NAE_ERA_R-1765_ENSV_Kirjanike_Liit_1945-1955, lk 14
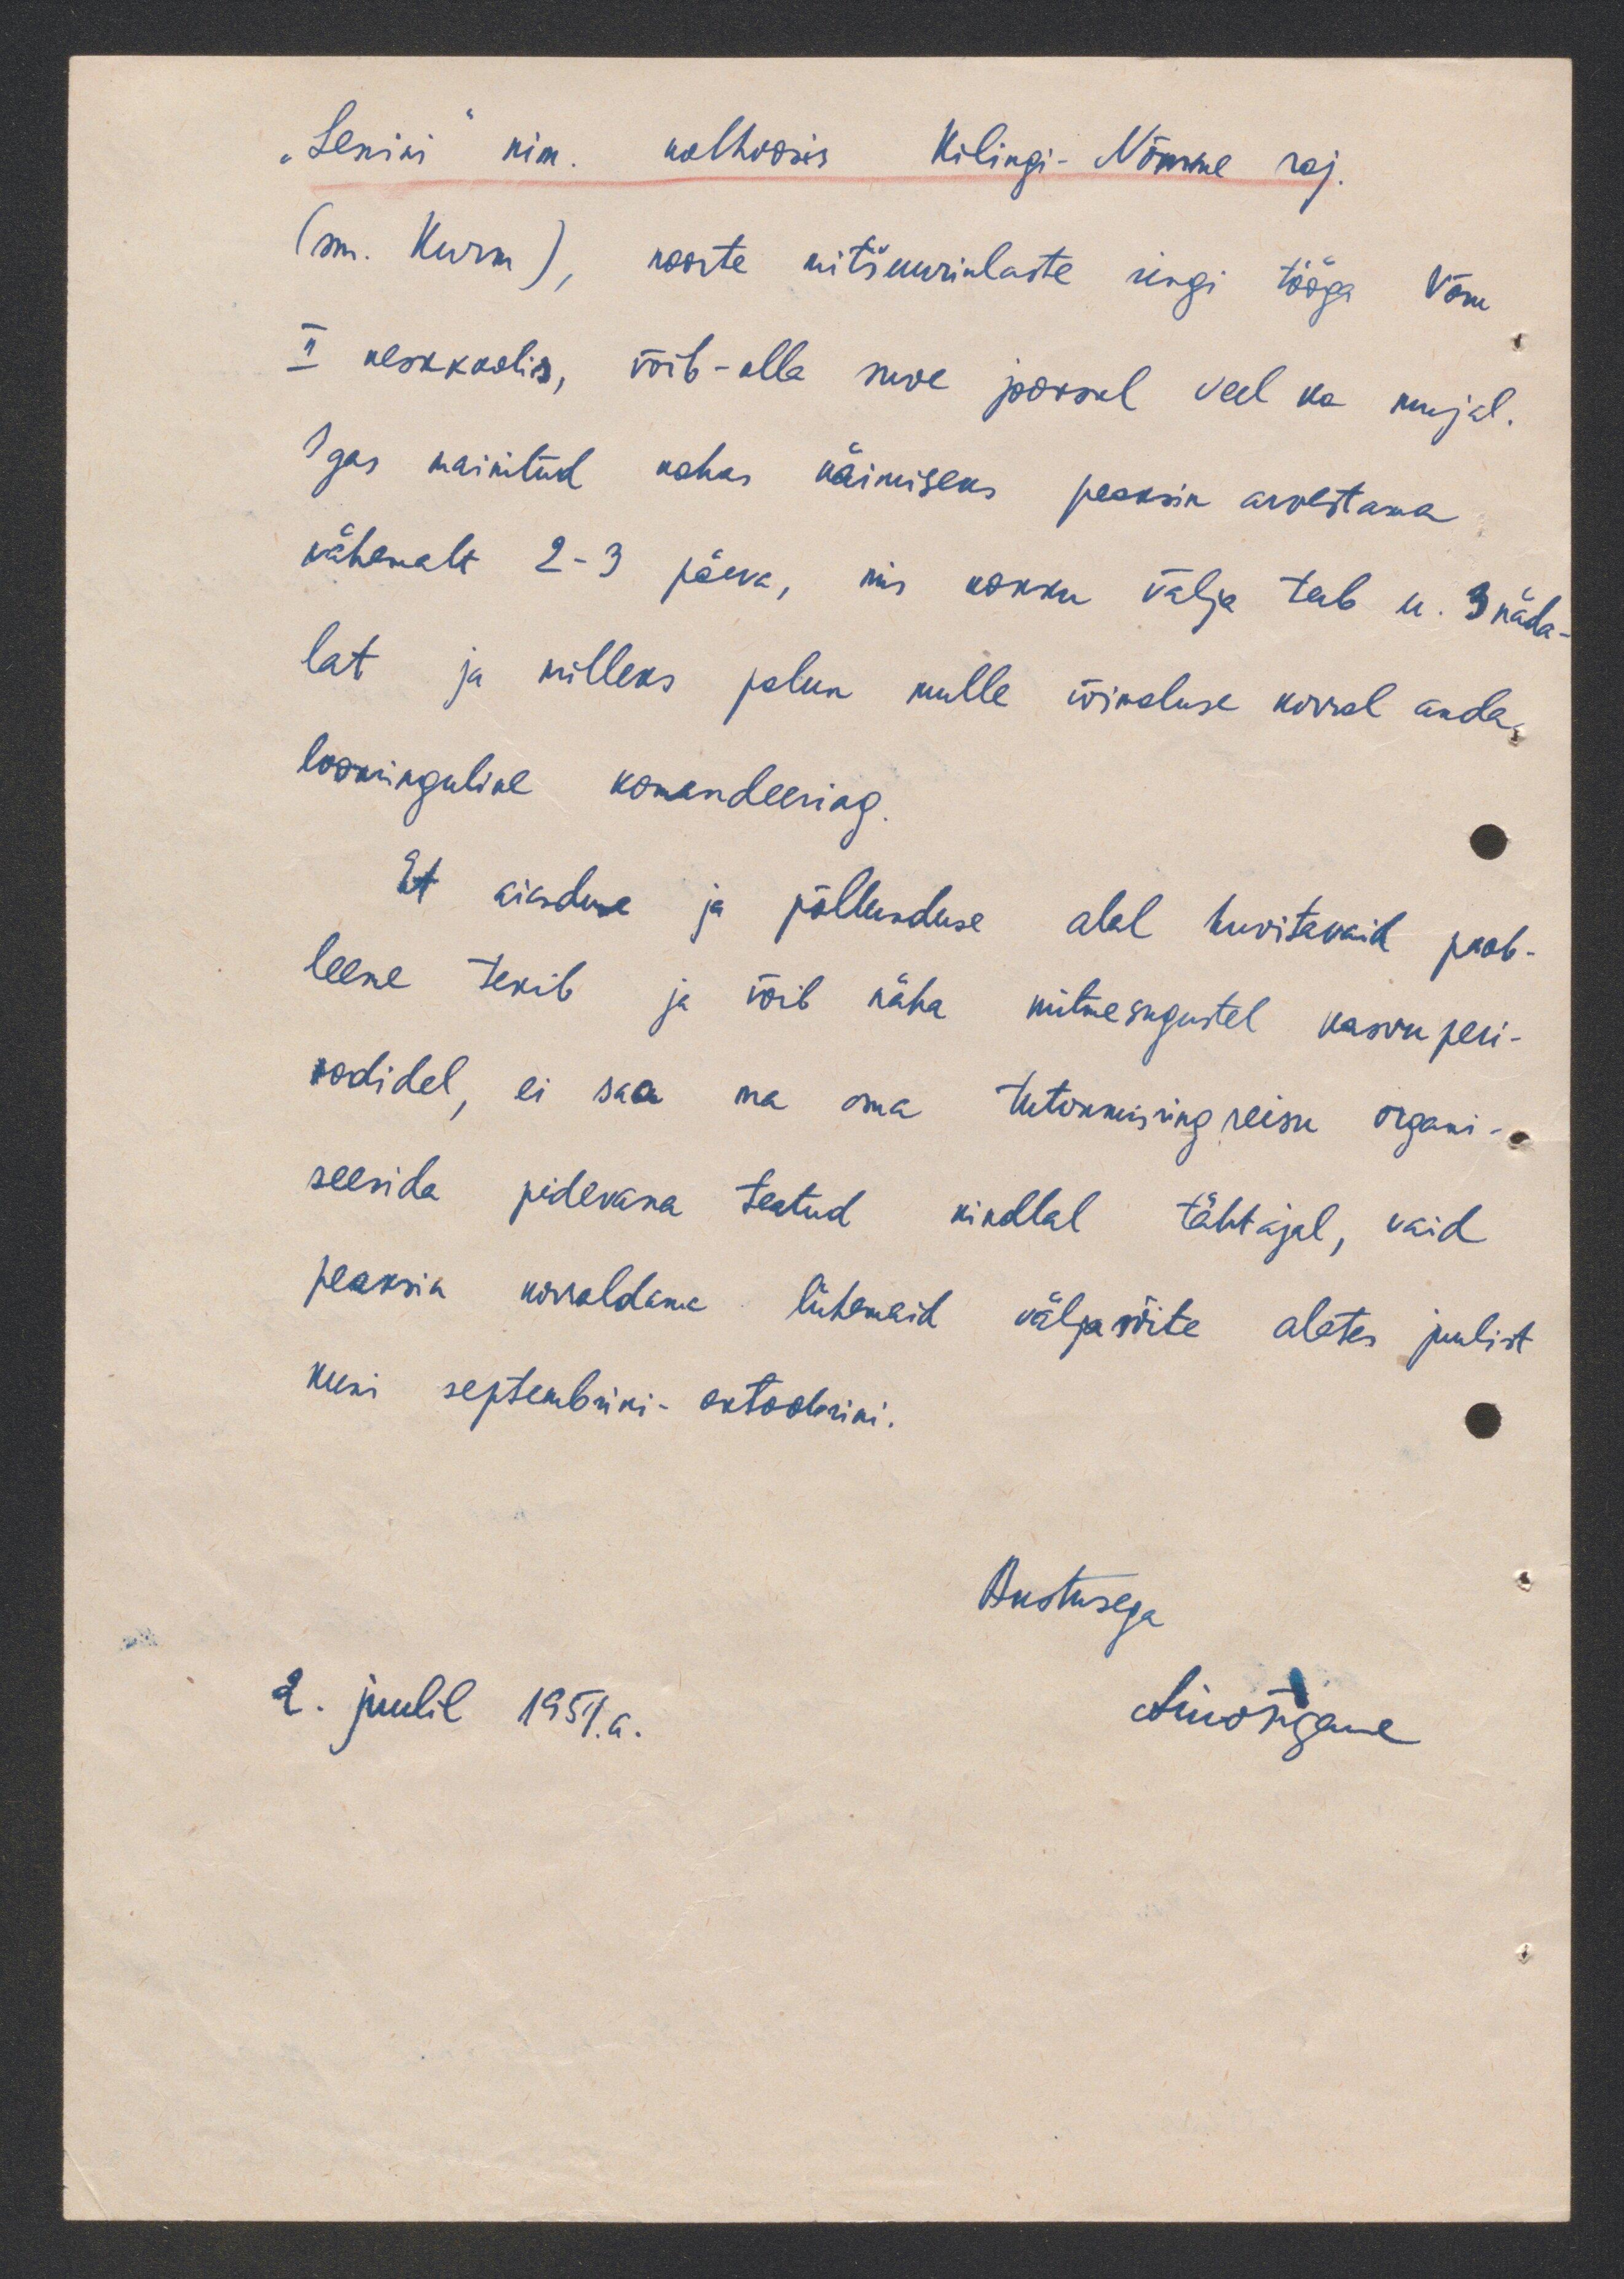
"Lenini" nim kolhoosis Kilingi-Nõmme raj
(sm. Kuru), noorte mitšuurinlaste ringi tööga Võru
II keskkoolis, võib-olla suve jooksul veel ka mujal.
Igas mainitud kohas käimiseks peaksin arvestama
vähemalt 2-3 päeva, mis kokku välja teeb u. 3 näda-
lat ja milleks palun mulle võimaluse korral anda
loominguline komandeering
Et aiaduse ja põllunduse alal huvitavaid prob-
leeme tekib ja võib näha mitmesugustel kasvuperi-
oodidel, ei saa ma oma tutvumisringreisu organi-
seerida pidevana teatud kindlal tähtajal, vaid
peaksin korraldama lühemaid väljasõite alates juulist
kuni septembrini-oktoobrini
Austusega
2. juulil 1951. a.